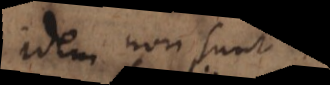
idem non sunt.